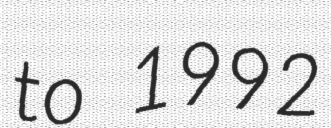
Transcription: to 1992